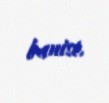
banisi.